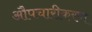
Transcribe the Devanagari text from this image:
औपचारीकरण